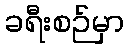
ခရီးစဉ်မှာ